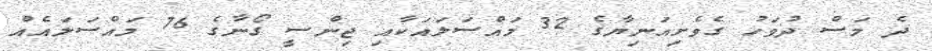
ދެ މަސް ދުވަހު ގެވެށިއަނިޔާގެ 32 މައްސަލައަކާއި ޖިންސީ ގޯނާގެ 76 މައްސަލައެއް